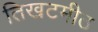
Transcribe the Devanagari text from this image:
तिखटमीठ